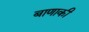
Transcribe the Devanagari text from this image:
बाणाकी